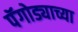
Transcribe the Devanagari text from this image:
पॅगोड्याच्या